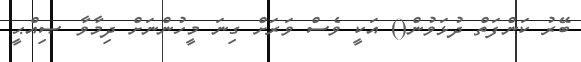
ބޭރު ކަންފަތް ދުޅަވުން() އަކީ ވެސް ވަރަށް ގިނަ މީހުންނަށް ދިމާވާ ޞިއްޙީ